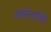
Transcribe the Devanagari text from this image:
अर्धनास्ति